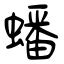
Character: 蟠